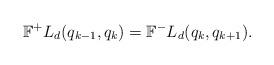
LaTeX: \begin{align*}\mathbb{F}^+L_d(q_{k-1},q_k) = \mathbb{F}^-L_d(q_k,q_{k+1}).\end{align*}